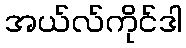
အယ်လ်ကိုင်ဒါ